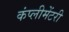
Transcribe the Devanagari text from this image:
कंप्लीमेंटरी